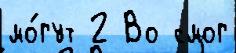
мо́гут 2 Во смог